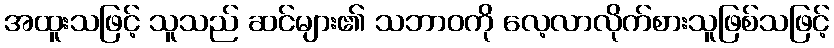
အထူးသဖြင့် သူသည် ဆင်များ၏ သဘာဝကို လေ့လာလိုက်စားသူဖြစ်သဖြင့်